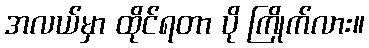
အလယ်မှာ ထိုင်ရတာ ပို ကြိုက်လား။